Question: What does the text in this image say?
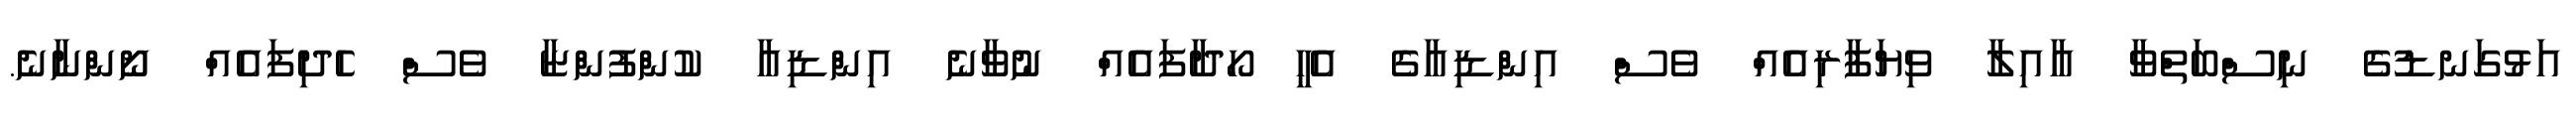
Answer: އަޅުގަނޑުގެ ނިސްބަތްވާ އާއިލާ ވިޔަފާރިއެއް ވެސް އިންޑިއާގެ އެހީ ހޯދާފައެއް ނުވާނެ އިންޑިއާ ކުންފުންޏާ ވެސް ހެދިފައެއް ނޯންނާނެ.